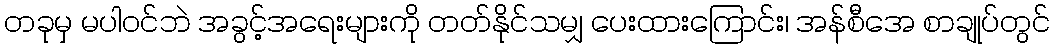
တခုမှ မပါဝင်ဘဲ အခွင့်အရေးများကို တတ်နိုင်သမျှ ပေးထားကြောင်း၊ အန်စီအေ စာချုပ်တွင်